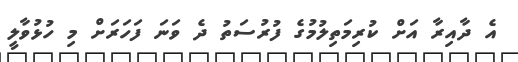
އެ ދާއިރާ އަށް ކުރިމަތިލުމުގެ ފުރުސަތު ދެ ވަނަ ފަހަރަށް މި ހުޅުވާލީ